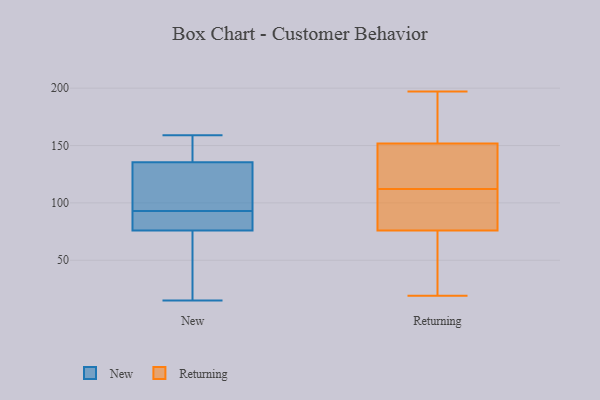
{"axis": {"x": "LTV (USD)", "y": "Value"}, "legend": ["New", "Returning"], "data": [{"x": "", "y": 103, "type": "New"}, {"x": "", "y": 127, "type": "New"}, {"x": "", "y": 159, "type": "New"}, {"x": "", "y": 147, "type": "New"}, {"x": "", "y": 133, "type": "New"}, {"x": "", "y": 138, "type": "New"}, {"x": "", "y": 96, "type": "New"}, {"x": "", "y": 148, "type": "New"}, {"x": "", "y": 80, "type": "New"}, {"x": "", "y": 73, "type": "New"}, {"x": "", "y": 90, "type": "New"}, {"x": "", "y": 35, "type": "New"}, {"x": "", "y": 54, "type": "New"}, {"x": "", "y": 79, "type": "New"}, {"x": "", "y": 86, "type": "New"}, {"x": "", "y": 15, "type": "New"}, {"x": "", "y": 197, "type": "Returning"}, {"x": "", "y": 63, "type": "Returning"}, {"x": "", "y": 194, "type": "Returning"}, {"x": "", "y": 142, "type": "Returning"}, {"x": "", "y": 176, "type": "Returning"}, {"x": "", "y": 112, "type": "Returning"}, {"x": "", "y": 129, "type": "Returning"}, {"x": "", "y": 92, "type": "Returning"}, {"x": "", "y": 152, "type": "Returning"}, {"x": "", "y": 71, "type": "Returning"}, {"x": "", "y": 91, "type": "Returning"}, {"x": "", "y": 40, "type": "Returning"}, {"x": "", "y": 19, "type": "Returning"}, {"x": "", "y": 151, "type": "Returning"}, {"x": "", "y": 104, "type": "Returning"}]}